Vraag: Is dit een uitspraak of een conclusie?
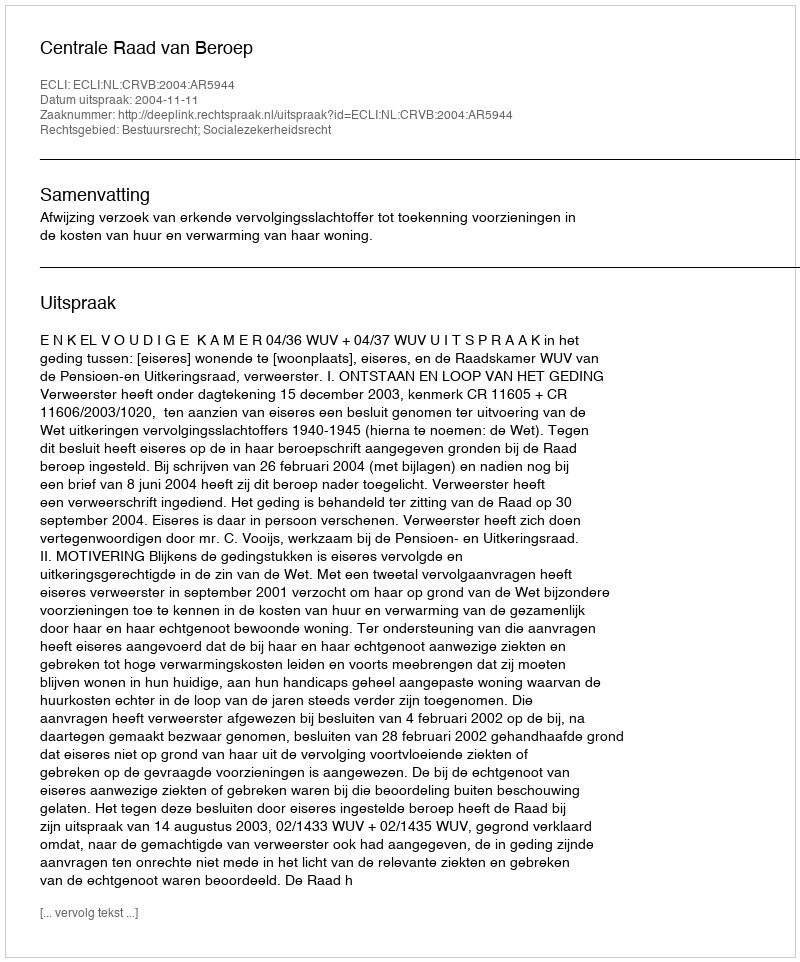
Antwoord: Uitspraak